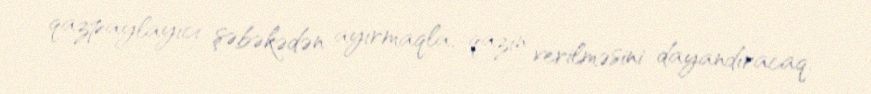
qazpaylayıcı şəbəkədən ayırmaqla, qazın verilməsini dayandıracaq.